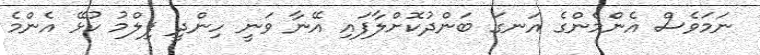
ނަމަވެސް އެންމެންގެ އަނގަ ބަންދުކޮށްލާފައި އޭނާ ވަނީ ހިންދީ ފިލްމު ކުޅޭ އެންމެ